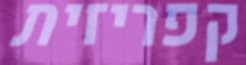
קפריזית